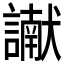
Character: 𮘾